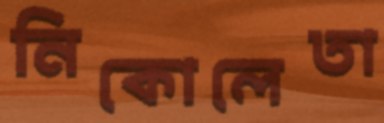
নিকোলেতা